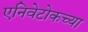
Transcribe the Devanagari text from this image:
एनिवेटोकच्या